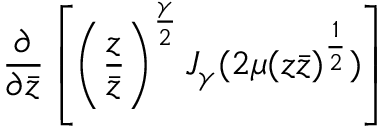
\left. \frac { \partial } { \partial \bar { z } } \left[ \left( \frac { z } { \bar { z } } \right) ^ { \frac { \gamma } { 2 } } J _ { \gamma } ( 2 \mu ( z \bar { z } ) ^ { \frac { 1 } { 2 } } ) \right] \right.